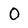
Character: 0